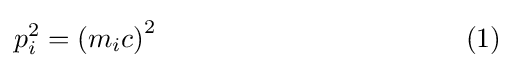
p_{i}^{2}=\left(m_{i}c\right)^{2}\quad \quad \quad \quad \quad \quad \quad \quad \quad \quad \quad (1)